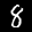
Label: 8